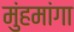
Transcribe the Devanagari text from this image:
मुंहमांगा